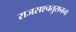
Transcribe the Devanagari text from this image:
राजसश्चतुराननः